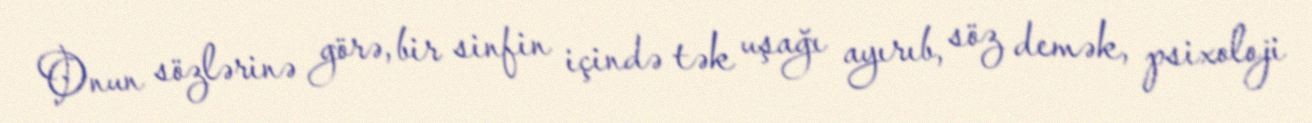
Onun sözlərinə görə, bir sinfin içində tək uşağı ayırıb, söz demək, psixoloji